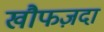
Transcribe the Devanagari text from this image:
खौफज़दा